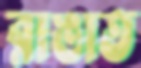
রাঙাত